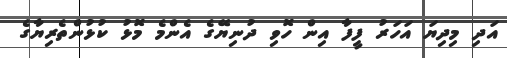
އަދި މިދިޔަ އަހަރު ފީފާ އިން ހޮވި ދުނިޔޭގެ އެންމެ މޮޅު ކުޅުންތެރިޔާގެ